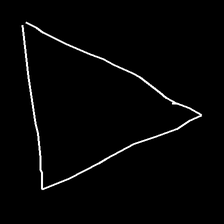
Glyph: convergence